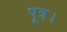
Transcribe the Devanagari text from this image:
पूत्र।